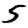
Digit: 5